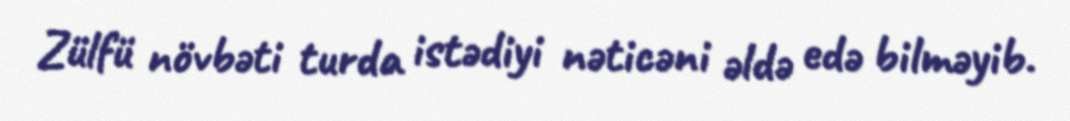
Zülfü növbəti turda istədiyi nəticəni əldə edə bilməyib.